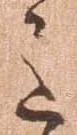
意